Annual administration and progress report of the Indian Medical Department, Bombay
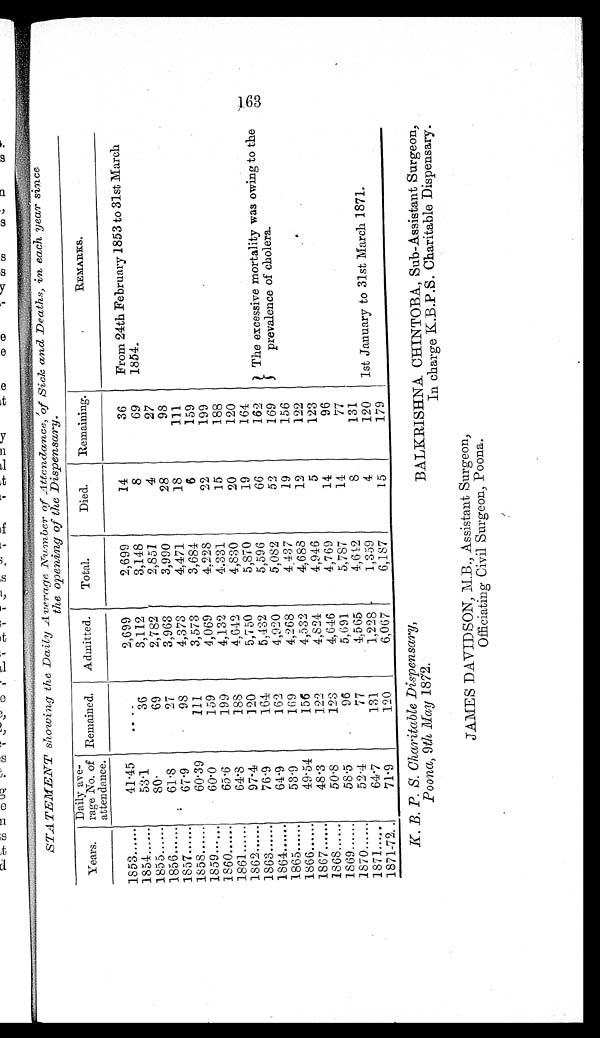
STATEMENT showing the Daily Average Nu m ber of Attendance, of Sick and Deaths, in each year since
the opening of the Dispensary.
Years.
Daily ave-
rage No. of
attendance.
Remained.
Admitted.
Total.
Died.
Remaining.
REMARKS.
1853......
41.45
....
2,699
2,699
14
36
From 24th February 1853 to 31st March
1854.
1854......
53.1
36
3,112
3,148
8
69
1855......
30.
69
2,782
2,851
4
27
1856......
61.8
27
3,963
3,990
28
98
1857......
67.9
98
4,373
4,471
18
111
1858......
60.39
111
3,573
3,684
6
159
1859......
60.0
159
4,069
4,228
22
199
1860......
65.6
199
4,132
4.331
15
188
1861......
64.8
188
4,642
4,830
20
120
1862......
97.4
120
5,750
5,870
19
164
1863......
76.9
164
5,432
5,596
66
162
The excessive mortality was owing to the
163
prevalence of cholera.
1864......
64.9
162
4,920
5,082
52
169
1865......
53.9
169
4,268
4,437
19
156
1866......
49.54
156
4,532
4,688
12
122
1867......
48.3
122
4,824
4,946
5
123
1868......
50.8
123
4,646
4,769
14
96
1869......
58.5
96
5,691
5,787
14
77
1870......
52.4
77
4,565
4,642
8
131
1871.....
64.7
131
1,228
1,359
4
120
1st January to 31st March 1871.
1871-72..
71.9
120
6,067
6,187
15
179
K. B. P. S. Charitable Dispensary,
Poona, 9th May 1872.
BALKRISHNA. CHINTOBA, Sub-Assistant Surgeon,
In charge K.B.P.S. Charitable Dispensary.
JAMES DAVIDSON, M.B., Assistant Surgeon,
Officiating Civil Surgeon, Poona.